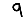
Digit: 9